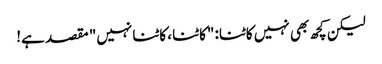
لیکن کچھ بھی نہیں کاٹنا: "کاٹنا ، کاٹنا نہیں" مقصد ہے!